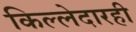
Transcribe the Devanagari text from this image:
किल्लेदारही